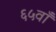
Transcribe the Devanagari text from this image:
६५वाँ